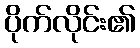
ပိုက်လိုင်း၏